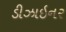
ડીઝાઇનર